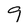
Character: 9